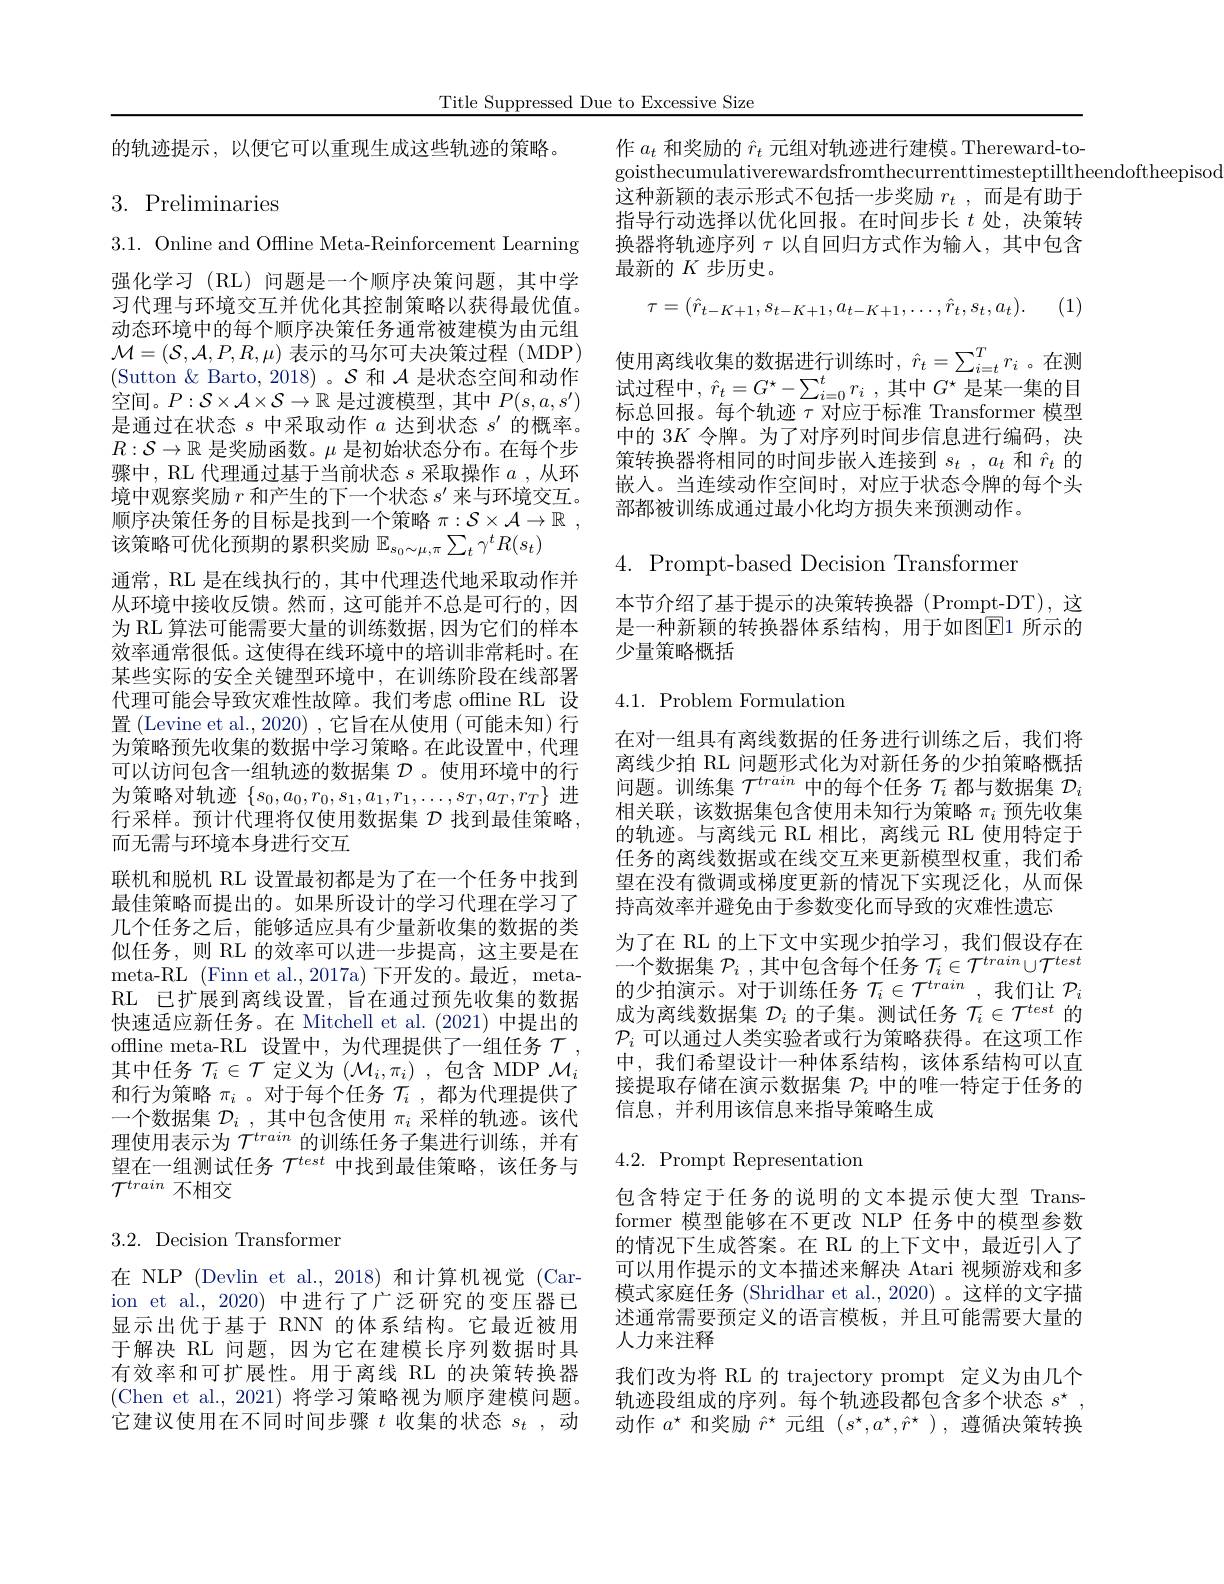
Title Suppressed Due to Excessive Size

的轨迹提示，以便它可以重现生成这些轨迹的策略。

# 3. Preliminaries

3.1. Online and Offline Meta-Reinforcement Learning 强化学习 (RL) 问题是一个顺序决策问题，其中学习代理与环境交互并优化其控制策略以获得最优值。动态环境中的每个顺序决策任务通常被建模为由元组$\mathcal{M}=(\mathcal{S},\mathcal{A},P,R,\mu)$表示的马尔可夫决策过程 (MDP) (Sutton & Barto, 2018) 。$\mathcal{S}$和$\mathcal{A}$是状态空间和动作空间。$P:\mathcal{S}\times\mathcal{A}\times\mathcal{S}\to\mathbb{R}$是过渡模型，其中$P(s,a,s^\prime)$ 是通过在状态$s$中采取动作$a$达到状态$s^\prime$的概率。$R:\mathcal{S}\to\mathbb{R}$是奖励函数。$\mu$是初始状态分布。在每个步骤中，RL 代理通过基于当前状态$s$采取操作$a$ ,从环境中观察奖励$r$和产生的下一个状态$s^\prime$来与环境交互。顺序决策任务的目标是找到一个策略$\pi : \mathcal{S} \times \mathcal{A} \to \mathbb{R}$ , 该策略可优化预期的累积奖励$\mathbb{E}_s_0\sim\mu,\pi\sum_t\gamma^tR(s_t)$
通常，RL 是在线执行的 , 其中代理迭代地采取动作并从环境中接收反馈。然而，这可能并不总是可行的，因为 RL 算法可能需要大量的训练数据，因为它们的样本效率通常很低。这使得在线环境中的培训非常耗时。在某些实际的安全关键型环境中，在训练阶段在线部署代理可能会导致灾难性故障。我们考虑 offline RL 设置 (Levine et al., 2020) , 它旨在从使用 (可能未知) 行为策略预先收集的数据中学习策略。在此设置中，代理可以访问包含一组轨迹的数据集$\mathcal{D}$ 。使用环境中的行为策略对轨迹$\{s_0,a_0,r_0,s_1,a_1,r_1,\ldots,s_T,a_T,r_T\}$进行采样。预计代理将仅使用数据集$\mathcal{D}$找到最佳策略， 而无需与环境本身进行交互
联机和脱机 RL 设置最初都是为了在一个任务中找到最佳策略而提出的。如果所设计的学习代理在学习了几个任务之后，能够适应具有少量新收集的数据的类似任务，则 RL 的效率可以进一步提高，这主要是在meta-RL (Finn et al.,2017a) 下开发的。最近，metaRL 已扩展到离线设置，旨在通过预先收集的数据快速适应新任务。在 Mitchell et al. (2021)中提出的offline meta-RL 设置中，为代理提供了一组任务$\mathcal{T}$, 其中任务$\mathcal{T}_i\in\mathcal{T}$定义为$(\mathcal{M}_i,\pi_i)$ ,包含 MDP $\mathcal{M}_i$ 和行为策略$\pi_i$ 。对于每个任务$\mathcal{T}_i$ ,都为代理提供了一个数据集$\mathcal{D}_i$,其中包含使用$\pi_i$采样的轨迹。该代理使用表示为$\mathcal{T}^train$的训练任务子集进行训练，并有望在一组测试任务$\mathcal{T}^{test}$中找到最佳策略，该任务与$\mathcal{T}^{train}$不相交

# 3.2. Decision Transformer

在 NLP (Devlin et al.,2018)和计算机视觉 (Carion et al., 2020) 中进行了广泛研究的变压器已显示出优于基于 RNN 的体系结构。它最近被用于解决 RL 问题，因为它在建模长序列数据时具有效率和可扩展性。用于离线 RL 的决策转换器(Chen et al., 2021) 将学习策略视为顺序建模问题。它建议使用在不同时间步骤$t$收集的状态$s_t$,动

作$a_t$和奖励的$\hat{r}_t$元组对轨迹进行建模。Thereward-to-
goisthecumulativerewardsfromthecurrenttimesteptilltheendoftheepisod
这种新颖的表示形式不包括一步奖励$r_t$ ,而是有助于指导行动选择以优化回报。在时间步长$t$处，决策转换器将轨迹序列$\tau$以自回归方式作为输入，其中包含最新的$K$步历史。
$$\tau=(\hat{r}_{t-K+1},s_{t-K+1},a_{t-K+1},\ldots,\hat{r}_{t},s_{t},a_{t}).$$
使用离线收集的数据进行训练时$,\hat{r}_t=\sum_{i=t}^Tr_i$ 。在测试过程中，$\hat{r} _t= G^\star - \sum _{i= 0}^tr_i$ ,其中$G^\star$是某一集的目标总回报。每个轨迹$\tau$对应于标准 Transformer 模型中的 3$K$令牌。为了对序列时间步信息进行编码，决策转换器将相同的时间步嵌入连接到$s_t,a_t$和$\hat{r}_t$的嵌入。当连续动作空间时，对应于状态令牌的每个头部都被训练成通过最小化均方损失来预测动作。$4.{\mathrm{~Prompt-based~Decision~Transformer}}$ 本节介绍了基于提示的决策转换器(Prompt-DT),这是一种新颖的转换器体系结构，用于如图$\boxed{\mathrm{E}}1$ 所示的少量策略概括
$4.1.{\mathrm{~Problem~Formulation}}$

在对一组具有离线数据的任务进行训练之后，我们将离线少拍 RL 问题形式化为对新任务的少拍策略概括问题。训练集$\mathcal{T}^train$中的每个任务$\mathcal{T}_i$都与数据集$\mathcal{D}_i$ 相关联，该数据集包含使用未知行为策略$\pi_i$预先收集的轨迹。与离线元 RL 相比，离线元 RL 使用特定于任务的离线数据或在线交互来更新模型权重，我们希望在没有微调或梯度更新的情况下实现泛化，从而保持高效率并避免由于参数变化而导致的灾难性遗忘
为了在 RL 的上下文中实现少拍学习，我们假设存在一个数据集$\mathcal{P}_i$ ,其中包含每个任务$\mathcal{T}_i\in\mathcal{T}^train\cup\mathcal{T}^{test}$ 的少拍演示。对于训练任务$\mathcal{T}_i\in\mathcal{T}^train$ ,我们让$\mathcal{P}_i$ 成为离线数据集$\mathcal{D}_i$的子集。测试任务$\mathcal{T}_i\in\mathcal{T}^test$的$\mathcal{P}_i$可以通过人类实验者或行为策略获得。在这项工作中，我们希望设计一种体系结构，该体系结构可以直接提取存储在演示数据集$\mathcal{P}_i$中的唯一特定于任务的信息，并利用该信息来指导策略生成

# $4.2.{\mathrm{~Prompt~Representation}}$

包含特定于任务的说明的文本提示使大型 Transformer 模型能够在不更改 NLP 任务中的模型参数的情况下生成答案。在 RL 的上下文中，最近引人了可以用作提示的文本描述来解决 Atari 视频游戏和多模式家庭任务 (Shridhar et al., 2020) 。这样的文字描述通常需要预定义的语言模板，并且可能需要大量的人力来注释
我们改为将 RL 的 trajectory prompt 定义为由几个轨迹段组成的序列。每个轨迹段都包含多个状态$s^{\star}$ 动作$a^\star$和奖励$\hat{r}^\star$元组$(s^\star,a^\star,\hat{r}^\star)$,遵循决策转换